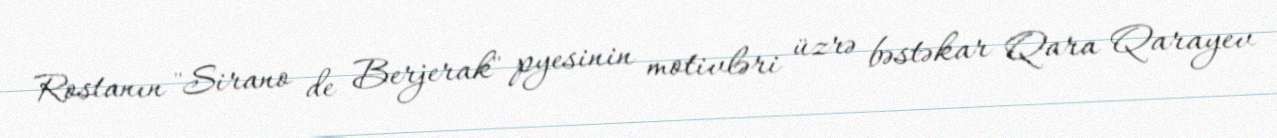
Rostanın "Sirano de Berjerak" pyesinin motivləri üzrə bəstəkar Qara Qarayev